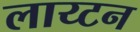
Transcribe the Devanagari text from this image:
लाय्टन